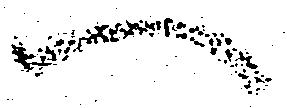
へ